Annual administration report of the Civil Veterinary Department of India - 1895-1896
Year: 1895
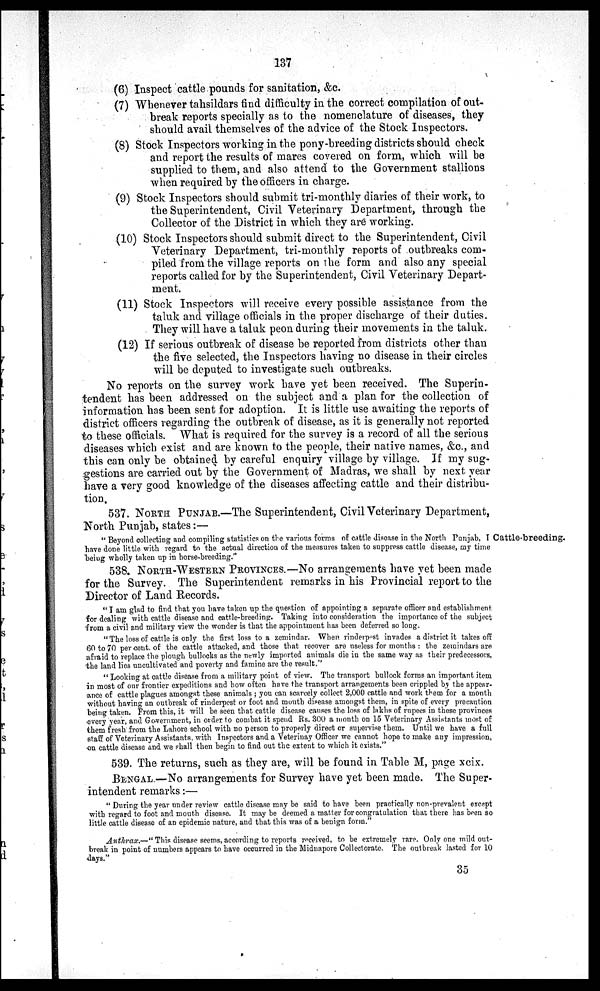
137
(6) Inspect cattle pounds for sanitation, &c.
(7) Whenever tahsildars find difficulty in the correct compilation of out-
break reports specially as to the nomenclature of diseases, they
should avail themselves of the advice of the Stock Inspectors.
(8) Stock Inspectors working in the pony-breeding districts should check
and report the results of mares covered on form, which will be
supplied to them, and also attend to the Government stallions
when required by the officers in charge.
(9) Stock Inspectors should submit tri-monthly diaries of their work, to
the Superintendent, Civil Veterinary Department, through the
Collector of the District in which they are working.
(10) Stock Inspectors should submit direct to the Superintendent, Civil
Veterinary Department, tri-monthly reports of outbreaks com-
piled from the village reports on the form and also any special
reports called for by the Superintendent, Civil Veterinary Depart-
ment.
(11) Stock Inspectors will receive every possible assistance from the
taluk and village officials in the proper discharge of their duties.
They will have a taluk peon during their movements in the taluk.
(12) If serious outbreak of disease be reported from districts other than
the five selected, the Inspectors having no disease in their circles
will be deputed to investigate such outbreaks.
No reports on the survey work have yet been received. The Superin-
tendent has been addressed on the subject and a plan for the collection of
information has been sent for adoption. It is little use awaiting the reports of
district officers regarding the outbreak of disease, as it is generally not reported
to these officials. What is required for the survey is a record of all the serious
diseases which exist and are known to the people, their native names, &c., and
this can only be obtained by careful enquiry village by village. If my sug-
gestions are carried out by the Government of Madras, we shall by next year
have a very good knowledge of the diseases affecting cattle and their distribu-
tion.
537. NORTH PUNJAB.—The Superintendent, Civil Veterinary Department,
North Punjab, states:—
Cattle-breeding.
"Beyond collecting and compiling statistics on the various forms of cattle disease in the North Punjab, I
have done little with regard to the actual direction of the measures taken to suppress cattle disease, my time
being wholly taken up in horse-breeding."
538. NORTH-WESTERN PROVINCES.—No arrangements have yet been made
for the Survey. The Superintendent remarks in his Provincial report to the
Director of Land Records.
"I am glad to find that you have taken up the question of appointing a separate officer and establishment
for dealing with cattle disease and cattle-breeding. Taking into consideration the importance of the subject
from a civil and military view the wonder is that the appointment has been deferred so long.
"The loss of cattle is only the first loss to a zemindar. When rinderpest invades a district it takes off
60 to 70 percent. of the cattle attacked, and those that recover are useless for months: the zemindars are
afraid to replace the plough bullocks as the newly imported animals die in the same way as their predecessors,
the land lies uncultivated and poverty and famine are the result."
"Looking at cattle disease from a military point of view. The transport bullock forms an important item
in most of our frontier expeditions and how often have the transport arrangements been crippled by the appear-
ance of cattle plagues amongst these animals; you can scarcely collect 2,000 cattle and work them for a month
without having an outbreak of rinderpest or foot and mouth disease amongst them, in spite of every precaution
being taken. From this, it will be seen that cattle disease causes the loss of lakhs of rupees in these provinces
every year, and Government, in order to combat it spend Rs. 300 a month on 15 Veterinary Assistants most of
them fresh from the Lahore school with no person to properly direct or supervise them. Until we have a full
staff of Veterinary Assistants, with Inspectors and a Veterinay Officer we cannot hope to make any impression,
on cattle disease and we shall then begin to find out the extent to which it exists."
539. The returns, such as they are, will be found in Table M, page xcix.
BENGAL.—No arrangements for Survey have yet been made. The Super-
intendent remarks:—
"During the year under review cattle disease may be said to have been practically non-prevalent except
with regard to foot and mouth disease. It may be deemed a matter for congratulation that there has been so
little cattle disease of an epidemic nature, and that this was of a benign form."
Anthrax.—"This disease seems, according to reports received, to be extremely rare. Only one mild out-
break in point of numbers appears to have occurred in the Midnapore Collectorate. The outbreak lasted for 10
days."
35